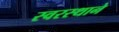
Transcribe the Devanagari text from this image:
स्वरस्थाने